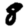
Digit: 8